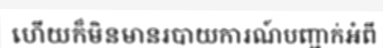
ហើយក៏មិនមានរបាយការណ៍បញ្ជាក់អំពី